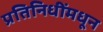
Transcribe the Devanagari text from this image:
प्रतिनिधींमधून